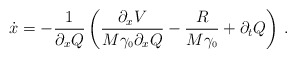
\begin{align*}\dot{x} =-\frac{1}{\partial_{x} Q} \left( \frac{\partial_{x} V}{M\gamma_{\scriptscriptstyle 0} \partial_{x} Q} -\frac{R}{M\gamma_{\scriptscriptstyle 0}}+ \partial_{t} Q \right) \, .\end{align*}